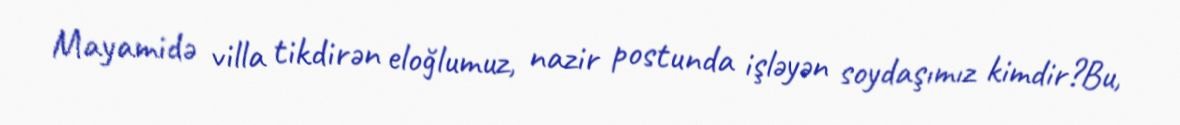
Mayamidə villa tikdirən eloğlumuz, nazir postunda işləyən soydaşımız kimdir?Bu,